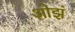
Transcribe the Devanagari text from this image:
ओझं